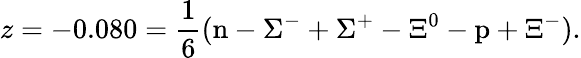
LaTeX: z=-0.080=\frac 16(\mathrm{n}-\Sigma^{-}+\Sigma^{+}-\Xi^{0}-\mathrm{p}+\Xi^{-}).